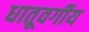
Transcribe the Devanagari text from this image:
धातूवर्गीय